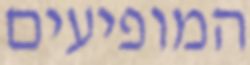
המופיעים